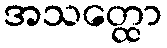
အသတ္ထော